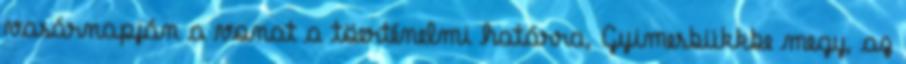
vasárnapján a vonat a töerténelmi határra, Gyimesbükkbe megy, az